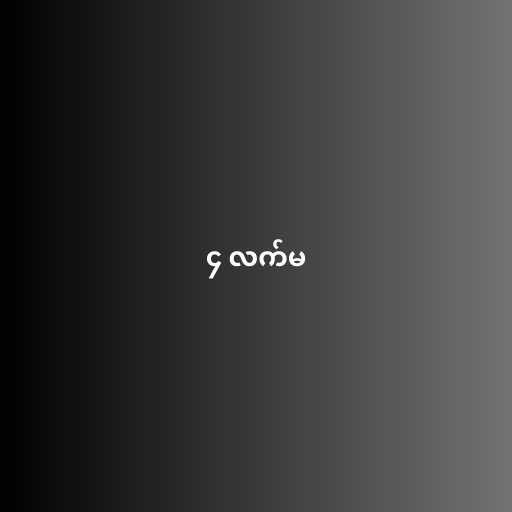
၄ လက်မ